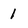
Character: 1